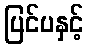
ပြင်ပနှင့်